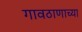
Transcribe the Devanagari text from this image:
गावठाणाच्या